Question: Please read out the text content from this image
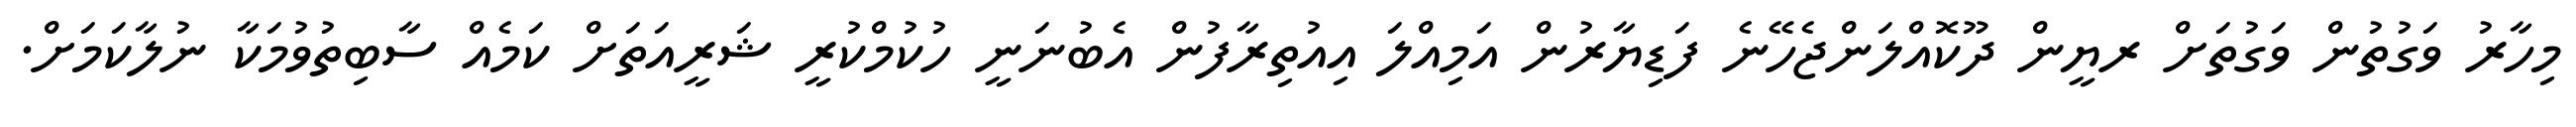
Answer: މިހާރު ވަގުތުން ވަގުތަށް ރޔީން ދޫކޮއްލަންޖެހޭނެ ފަޑިޔާރުން އަމިއްލަ އިއުތިރާފުން އެބުނަނީ ހުކުމްކުރީ ޝަރީއަތަށް ކަމެއް ސާބިތުވުމަކާ ނުލާކަމަށް.